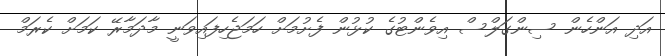
އަދި އަންހެން ސިންގަލްސް އިވެންޓުގެ ކުޅުން ފެށުމަށް ހަމަޖެހިފައިވަނީ މާދަމާރޭ ކަމަށް ކެރަމް